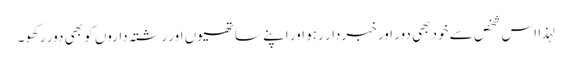
لہذا اس شخص سے خود بھی دور اور خبردار رہو اور اپنے ساتھیوں اور رشتہ داروں کو بھی دور رکھو۔